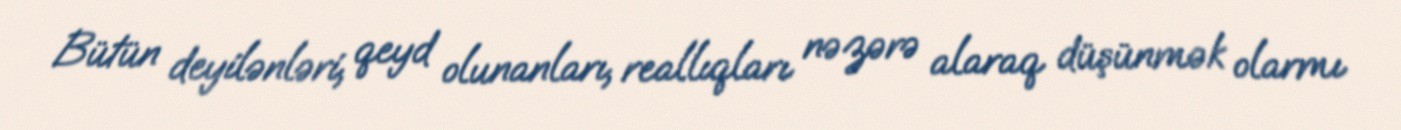
Bütün deyilənləri, qeyd olunanları, reallıqları nəzərə alaraq düşünmək olarmı